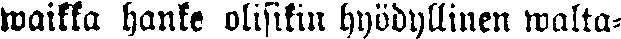
waikka hanke olisikin hyödyllinen walta-